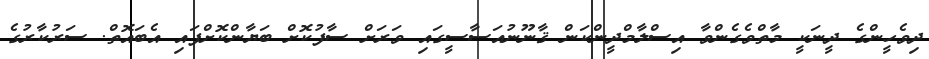
ދިވެހީންގެ ދީނަކީ މާތްވެގެންވާ އިސްލާމްދީންކަން ޤާނޫނުއަސާސީގައި ވަރަށް ސާފުކޮށް ބަޔާންކޮށްފައި އެބައޮތް. ސަރުކާރުގެ